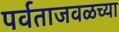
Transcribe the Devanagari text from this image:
पर्वताजवळच्या